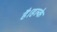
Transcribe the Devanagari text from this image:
है।हल्के